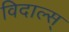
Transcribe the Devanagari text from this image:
विदाल्स्